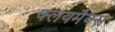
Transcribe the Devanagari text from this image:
क्लयमैक्स